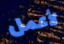
لأعمل